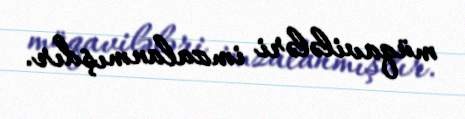
müqavilələri imzalanmışdır.